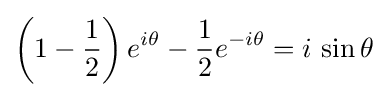
\left(1-{\frac {1}{2}}\right)e^{i\theta }-{\frac {1}{2}}e^{-i\theta }=i\,\sin \theta